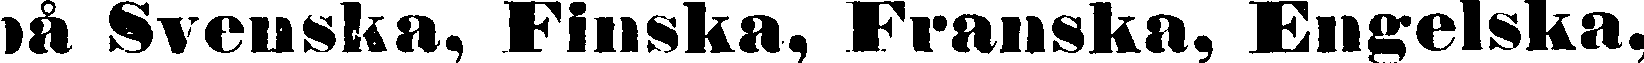
på Svenska, Finska, Franska, Engelska,